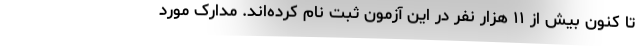
تا کنون بیش از ۱۱ هزار نفر در این آزمون ثبت نام کرده‌اند. مدارک مورد